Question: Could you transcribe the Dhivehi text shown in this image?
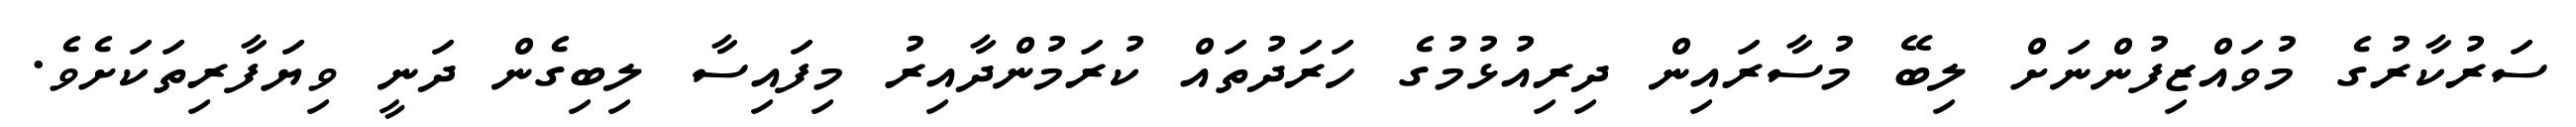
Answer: ސަރުކާރުގެ މުވައްޒިފުންނަށް ލިބޭ މުސާރައިން ދިރިއުޅުމުގެ ހަރަދުތައް ކުރަމުންދާއިރު މިފައިސާ ލިބިގެން ދަނީ ވިޔަފާރިތަކަށެވެ.